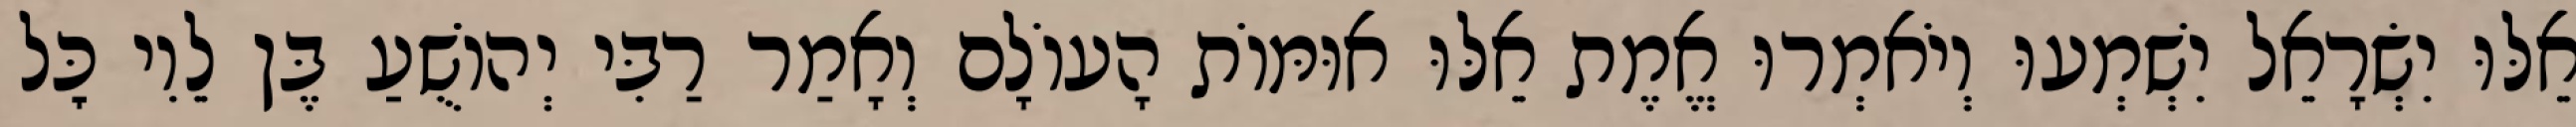
אֵלּוּ יִשְׂרָאֵל יִשְׁמְעוּ וְיֹאמְרוּ אֱמֶת אֵלּוּ אוּמּוֹת הָעוֹלָם וְאָמַר רַבִּי יְהוֹשֻׁעַ בֶּן לֵוִי כׇּל